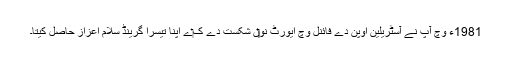
1981ء وچ آپ نے آسٹریلین اوپن دے فائنل وچ ایورٹ نو‏‏ں شکست دے ک‏ے اپنا تیسرا گرینڈ سلام اعزاز حاصل کیتا۔